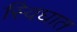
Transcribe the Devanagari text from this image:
स्विघात